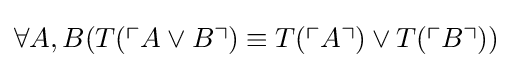
\forall A,B(T(\ulcorner {A\lor B}\urcorner )\equiv T(\ulcorner {A}\urcorner )\lor T(\ulcorner {B}\urcorner ))